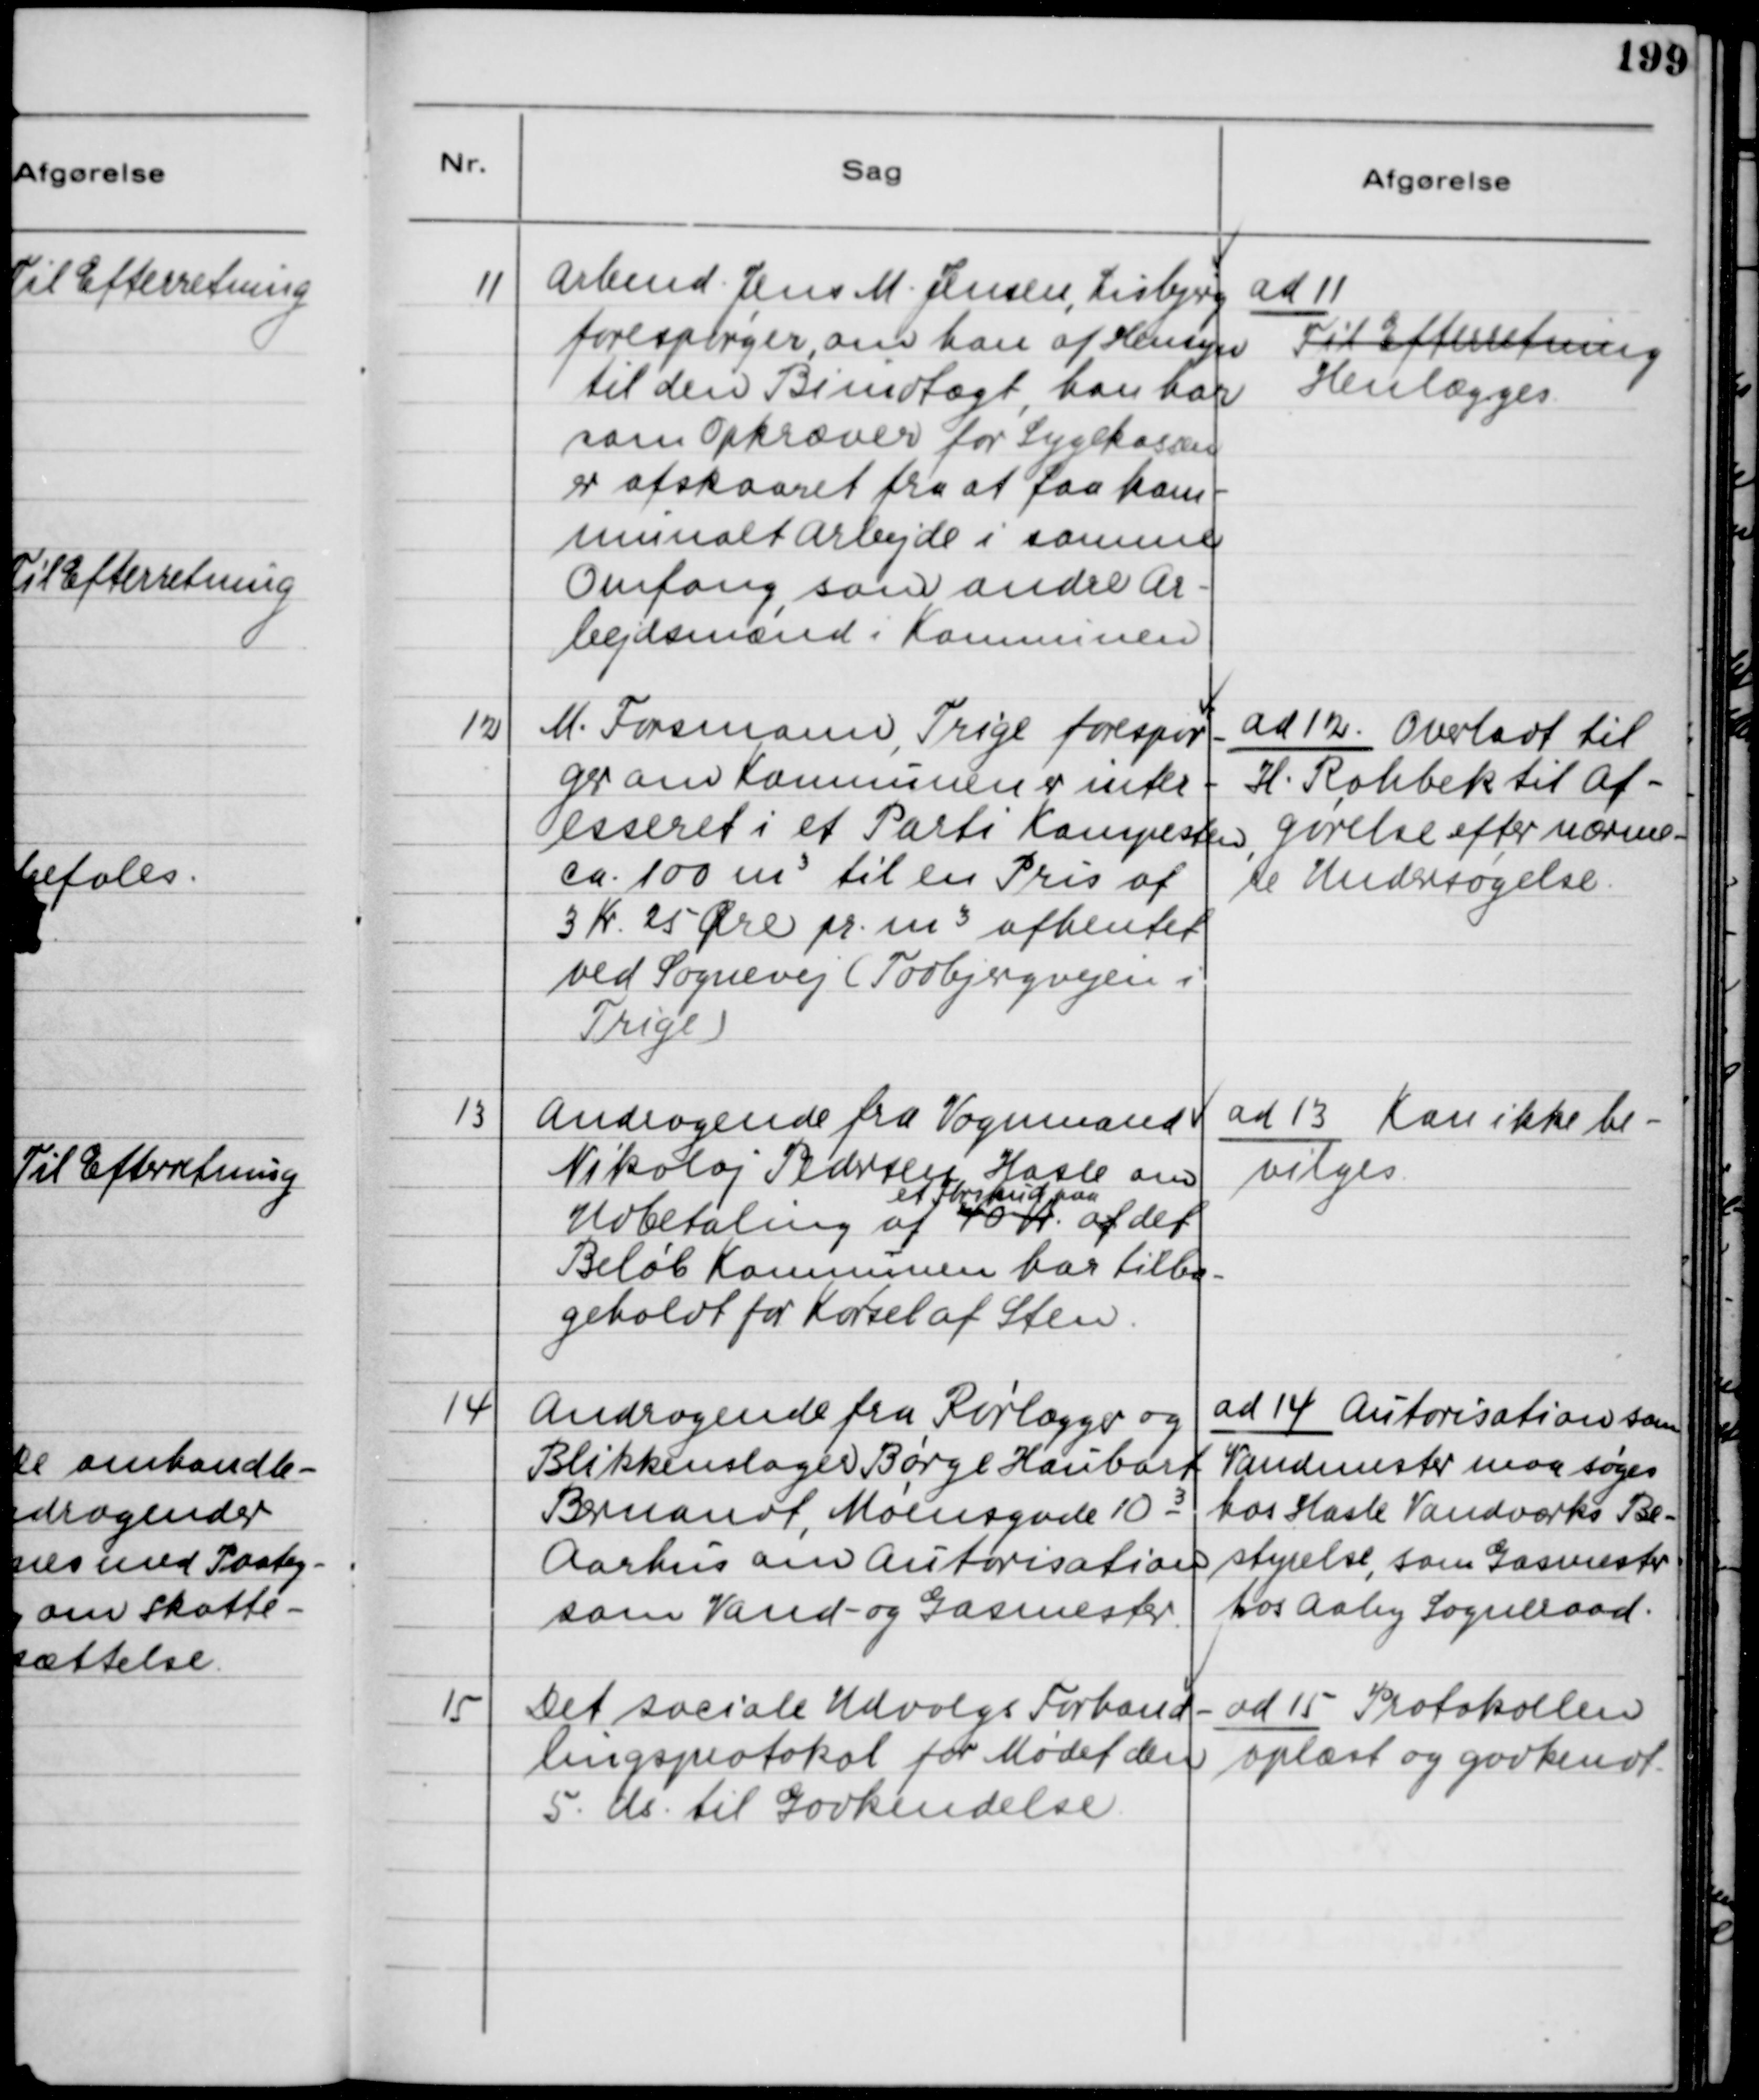
Transskription:
11
Arbmd. Jens M. Jensen, Lisbjerg
forespørger, om han af Hensyn
til den Biindtægt, han har
som Opkræver for Sygekassen
er afskaaret fra at faa Kom-
munalt Arbejde i samme
Omfang, som andre Ar-
bejdsmænd i Kommunen
ad 11
Til Efterretning
Henlægges
12
M. Forsmann, Trige forespør-
ger om Kommunen er inter-
esseret i et Parti Kampesten
ca. 100 m3 til en Pris af
3 Kr 25 Øre pr. M3 afhentet
ved Sognevej (Todbjergvejen i
Trige)
ad 12 Overladt til
H. Rahbek til Af-
gørelse efter nærme-
re Undersøgelse.
13
Andragende fra Vognmand
Nikolaj Pedersen, Hasle om
Udbetaling af
et Forskud paa
40 Kr af
det
Beløb Kommunen har tilba-
geholdt for Kørsel af Sten.
ad 13 Kan ikke be-
vilges
14
Andragende fra Rørlægger og
Blikkenslager Børge Haubart
Bermandt, Møensgade 10 3
Aarhus om Autorisation
som Vand- og Gasmester
ad 14 Autorisation som
Vandmester maa søges
hos Hasle Vandværks Be-
styrelse, som Gasmester
hos Aaby Sogneraad.
15
Det sociale Udvalgs Forhand-
lingsprotokol for Mødet den 
5. ds. til Godkendelse
ad 15 Protokollen
oplæst og godkendt.